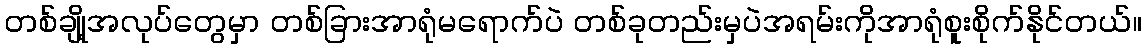
တစ်ချို့အလုပ်တွေမှာ တစ်ခြားအာရုံမရောက်ပဲ တစ်ခုတည်းမှပဲအရမ်းကိုအာရုံစူးစိုက်နိုင်တယ်။